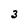
Character: 3